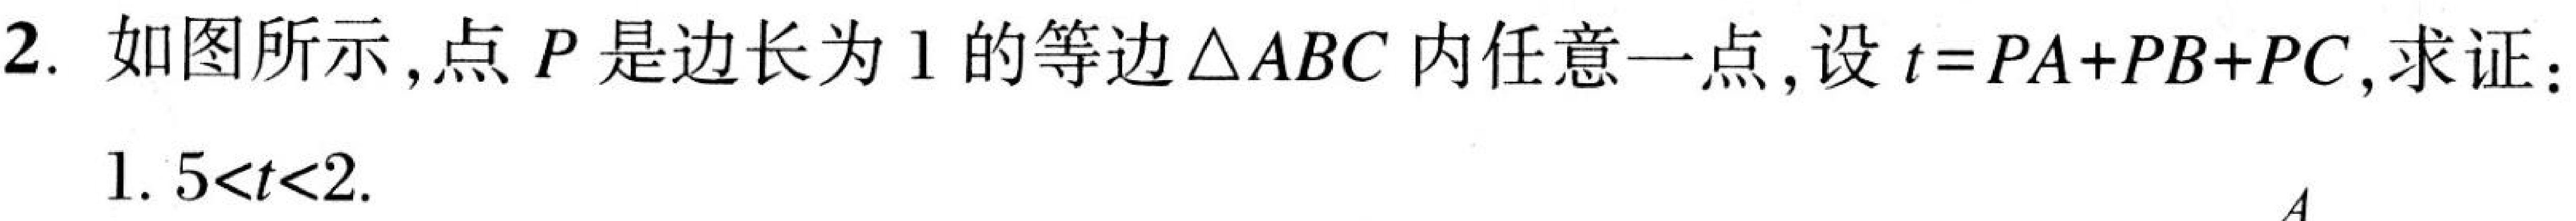
2. 如图所示,点\(P\)是边长为\(1\)的等边\(\triangle ABC\)内任意一点,设\(t = PA + PB+ PC\),求证:
\(1.5<t<2\).